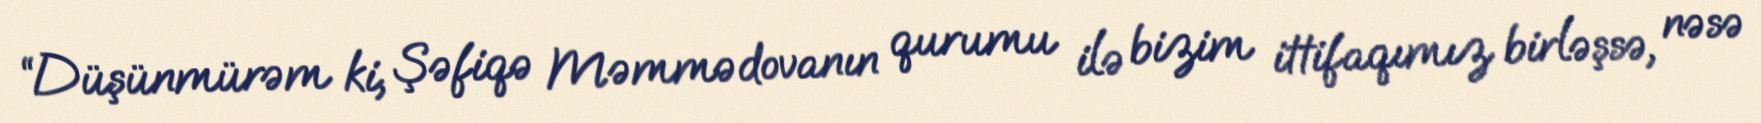
“Düşünmürəm ki, Şəfiqə Məmmədovanın qurumu ilə bizim ittifaqımız birləşsə, nəsə